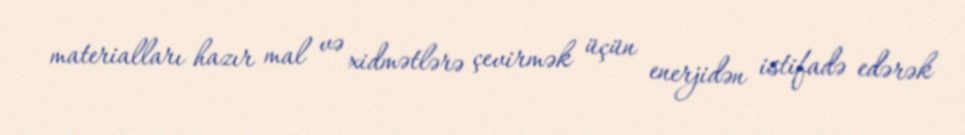
materialları hazır mal və xidmətlərə çevirmək üçün enerjidən istifadə edərək